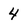
Character: 4